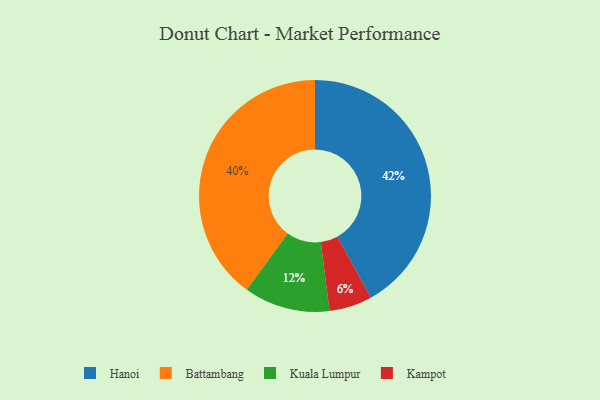
{"axis": {"x": "Category", "y": "Percentage"}, "legend": ["Battambang", "Hanoi", "Kampot", "Kuala Lumpur"], "data": [{"x": "Kampot", "y": 6, "type": "Kampot"}, {"x": "Battambang", "y": 40, "type": "Battambang"}, {"x": "Hanoi", "y": 42, "type": "Hanoi"}, {"x": "Kuala Lumpur", "y": 12, "type": "Kuala Lumpur"}]}